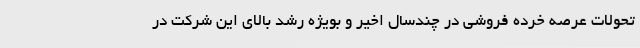
تحولات عرصه خرده فروشی در چندسال اخیر و بویژه رشد بالای این شرکت در